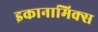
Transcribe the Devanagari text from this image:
इकानामिक्स